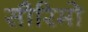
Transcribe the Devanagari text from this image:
सौरिमो